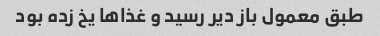
طبق معمول باز دیر رسید و غذا‌ها یخ زده بود